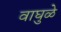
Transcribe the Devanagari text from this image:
वाघुळे